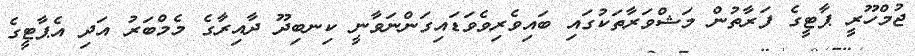
ޖުމްހޫރީ ޕާޓީގެ ފަރާތުން މަޝްވަރާތަކުގައި ބައިވެރިވެވަޑައިގަންނަވާނީ ކިނބިދޫ ދާއިރާގެ މެމްބަރު އަދި އެޕާޓީގެ